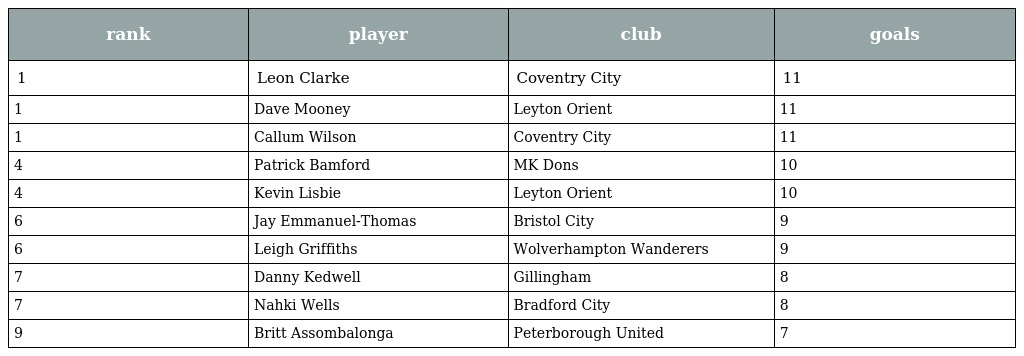
| rank | player | club | goals |
 | --- | --- | --- | --- |
 | 1 | Leon Clarke | Coventry City | 11 |
 | 1 | Dave Mooney | Leyton Orient | 11 |
 | 1 | Callum Wilson | Coventry City | 11 |
 | 4 | Patrick Bamford | MK Dons | 10 |
 | 4 | Kevin Lisbie | Leyton Orient | 10 |
 | 6 | Jay Emmanuel-Thomas | Bristol City | 9 |
 | 6 | Leigh Griffiths | Wolverhampton Wanderers | 9 |
 | 7 | Danny Kedwell | Gillingham | 8 |
 | 7 | Nahki Wells | Bradford City | 8 |
 | 9 | Britt Assombalonga | Peterborough United | 7 |